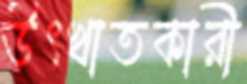
উৎখাতকারী